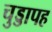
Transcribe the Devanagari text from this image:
चुड्डापह